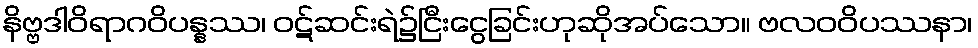
နိဗ္ဗဒါဝိရာဂဝိပန္နဿ၊ ဝဋ်ဆင်းရဲ၌ငြီးငွေခြင်းဟုဆိုအပ်သော။ ဗလဝဝိပဿနာ၊